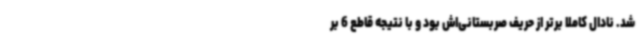
شد. نادال کاملا برتر از حریف صربستانی‌اش بود و با نتیجه قاطع 6 بر